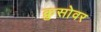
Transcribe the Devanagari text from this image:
क्रुसोवर